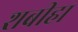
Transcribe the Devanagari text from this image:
शबीहा